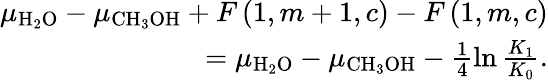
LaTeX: \begin{array}{r}{\mu_{\mathrm{H}_{2}\mathrm{O}}-\mu_{\mathrm{CH}_{3}\mathrm{OH}}+F\left(1,m+1,c\right)-F\left(1,m,c\right)}\\ {=\mu_{\mathrm{H}_{2}\mathrm{O}}-\mu_{\mathrm{CH}_{3}\mathrm{OH}}-\frac{1}{4}\ln\frac{K_{1}}{K_{0}}.}\end{array}